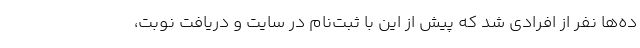
ده‌ها نفر از افرادی شد که پیش از این با ثبت‌نام در سایت و دریافت نوبت،